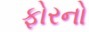
ફોરનો